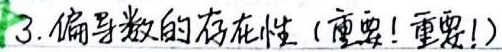
3. 偏导数的存在性（重要! 重要!）